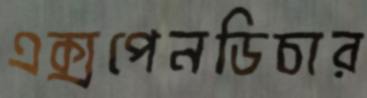
এক্সপেনডিচার